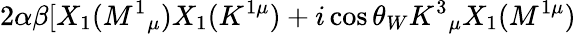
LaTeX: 2\alpha\beta\lbrack X_{1}(M^{1}{}_{\mu})X_{1}(K^{1\mu})+i\cos\theta_{W}K^{3}{}_{\mu}X_{1}(M^{1\mu})